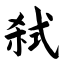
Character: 弑